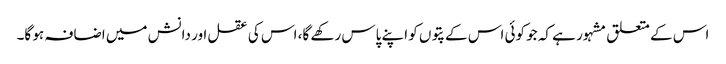
اس کے متعلق مشہور ہے کہ جو کوئی اس کے پتوں کو اپنے پاس رکھے گا، اس کی عقل اور دانش میں اضافہ ہو گا۔